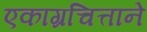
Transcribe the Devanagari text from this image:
एकाग्रचित्ताने